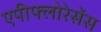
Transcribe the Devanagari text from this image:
एपीफ्लोरेसेंस